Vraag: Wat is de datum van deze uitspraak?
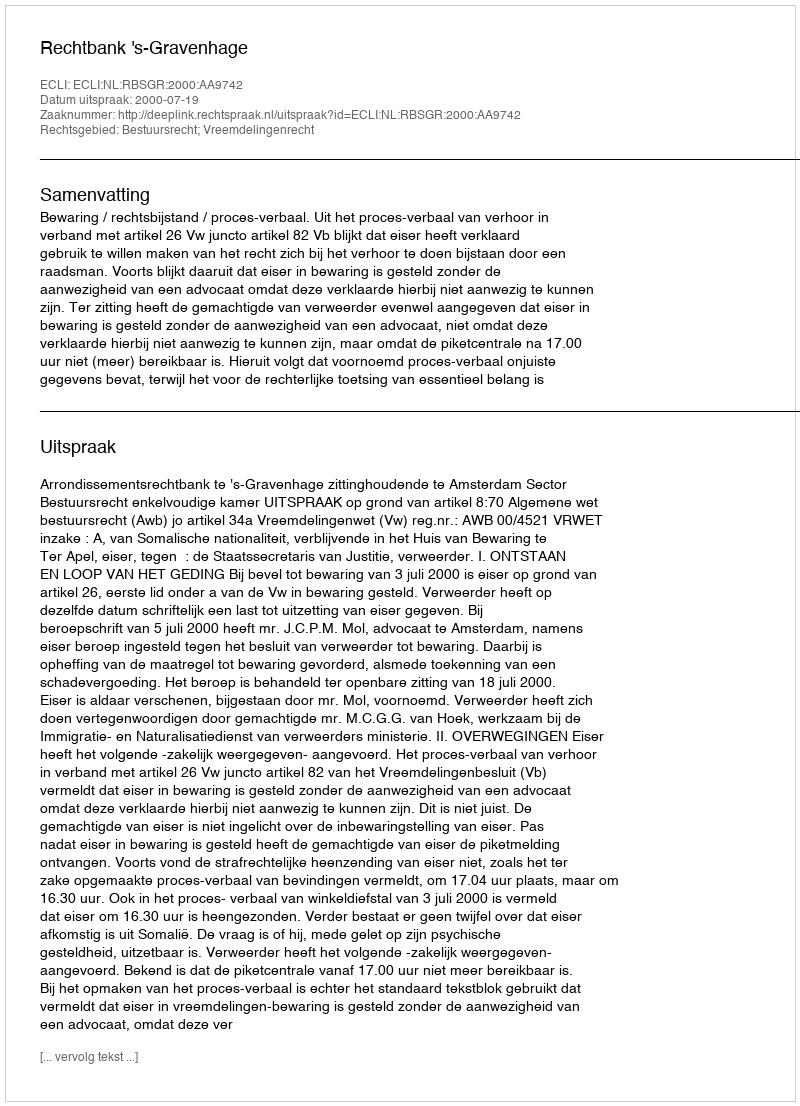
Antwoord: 2000-07-19